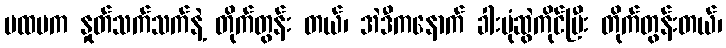
ပထမက နှုတ်သက်သက်နဲ့ တိုက်တွန်း တယ်၊ အဲဒီကနောက် ခါးပုံဆွဲကိုင်ပြီး တိုက်တွန်းတယ်၊